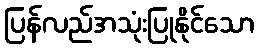
ပြန်လည်အသုံးပြုနိုင်သော